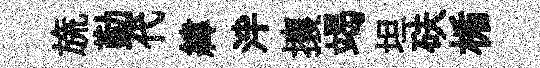
旒勤代緯泮攘竭坦砆楯